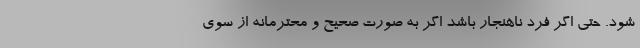
شود. حتی اگر فرد ناهنجار باشد اگر به صورت صحیح و محترمانه از سوی